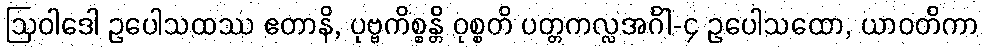
ဩဝါဒေါ ဥပေါသထဿ ဧတာနိ, ပုဗ္ဗကိစ္စန္တိ ဝုစ္စတိ ပတ္တကလ္လအင်္ဂါ-၄ ဥပေါသထော, ယာဝတိကာ